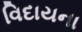
વિદાયના